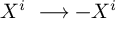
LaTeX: X ^ { i } ~ \longrightarrow - X ^ { i }